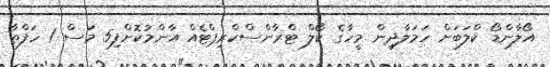
އޯލާންޑޯ ކްލަބަށް ހަމަލާދިން މީހާގެ ކޯލް ޓްރާންސްކްރިޕްޓެއް އާންމުކޮށްފި5 މަސް 1 ހަފްތާ